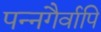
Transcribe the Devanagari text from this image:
पन्नगैर्वापि